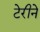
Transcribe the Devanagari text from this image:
टेरीने